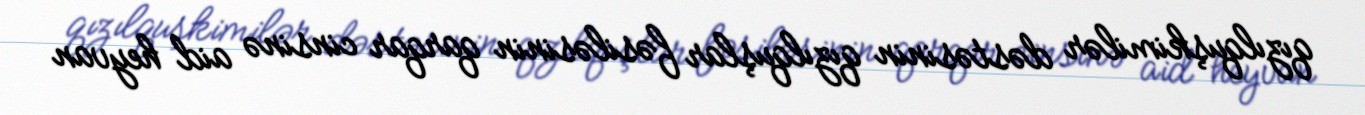
qızılquşkimilər dəstəsinin qızılquşlar fəsiləsinin qarqar cinsinə aid heyvan